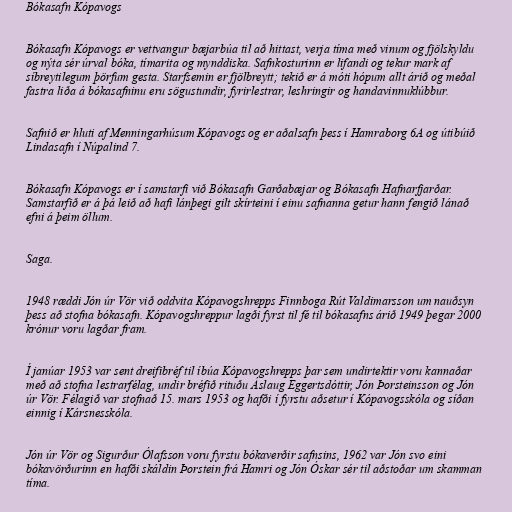
Bókasafn Kópavogs

Bókasafn Kópavogs er vettvangur bæjarbúa til að hittast, verja tíma með vinum og fjölskyldu
og nýta sér úrval bóka, tímarita og mynddiska. Safnkosturinn er lifandi og tekur mark af
síbreytilegum þörfum gesta. Starfsemin er fjölbreytt; tekið er á móti hópum allt árið og meðal
fastra liða á bókasafninu eru sögustundir, fyrirlestrar, leshringir og handavinnuklúbbur.

Safnið er hluti af Menningarhúsum Kópavogs og er aðalsafn þess í Hamraborg 6A og útibúið
Lindasafn í Núpalind 7.

Bókasafn Kópavogs er í samstarfi við Bókasafn Garðabæjar og Bókasafn Hafnarfjarðar.
Samstarfið er á þá leið að hafi lánþegi gilt skírteini í einu safnanna getur hann fengið lánað
efni á þeim öllum.

Saga.

1948 ræddi Jón úr Vör við oddvita Kópavogshrepps Finnboga Rút Valdimarsson um nauðsyn
þess að stofna bókasafn. Kópavogshreppur lagði fyrst til fé til bókasafns árið 1949 þegar 2000
krónur voru lagðar fram.

Í janúar 1953 var sent dreifibréf til íbúa Kópavogshrepps þar sem undirtektir voru kannaðar
með að stofna lestrarfélag, undir bréfið rituðu Áslaug Eggertsdóttir, Jón Þorsteinsson og Jón
úr Vör. Félagið var stofnað 15. mars 1953 og hafði í fyrstu aðsetur í Kópavogsskóla og síðan
einnig í Kársnesskóla.

Jón úr Vör og Sigurður Ólafsson voru fyrstu bókaverðir safnsins, 1962 var Jón svo eini
bókavörðurinn en hafði skáldin Þorstein frá Hamri og Jón Óskar sér til aðstoðar um skamman
tíma.